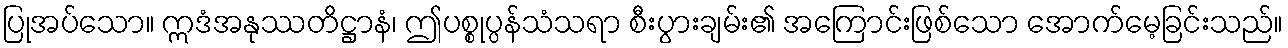
ပြုအပ်သော။ ဣဒံအနုဿတိဋ္ဌာနံ၊ ဤပစ္စုပ္ပန်သံသရာ စီးပွားချမ်း၏ အကြောင်းဖြစ်သော အောက်မေ့ခြင်းသည်။